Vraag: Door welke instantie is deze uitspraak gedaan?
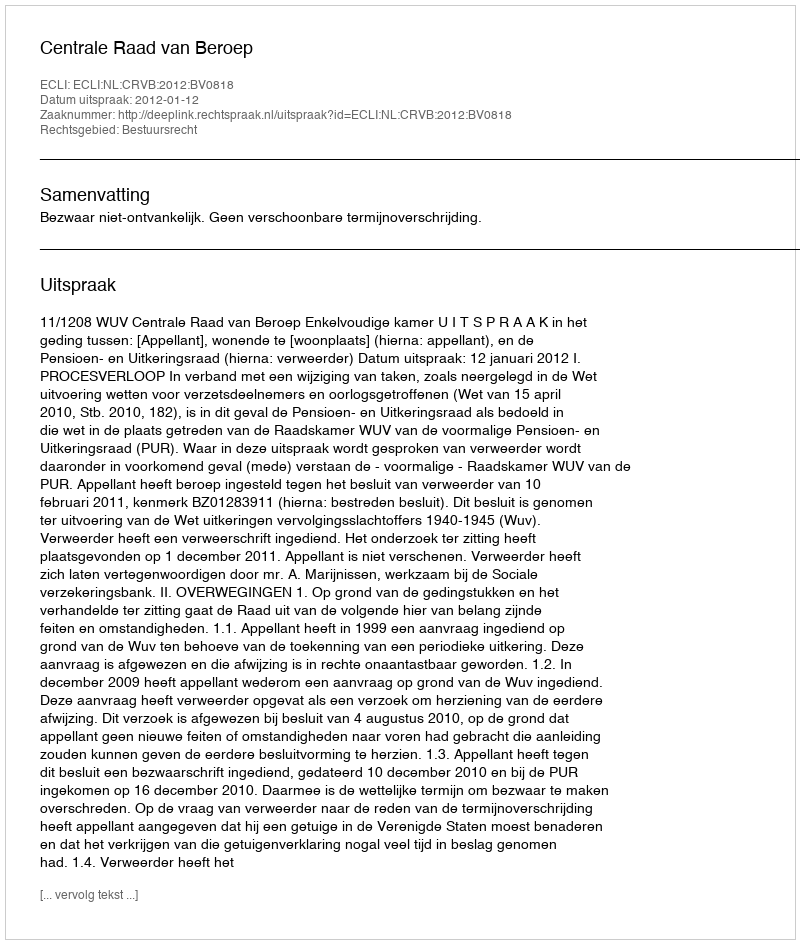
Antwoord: Centrale Raad van Beroep